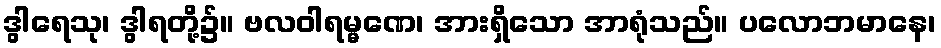
ဒွါရေသု၊ ဒွါရတို့၌။ ဗလဝါရမ္မဏေ၊ အားရှိသော အာရုံသည်။ ပလောဘမာနေ၊